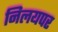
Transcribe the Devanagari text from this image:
निलयपर